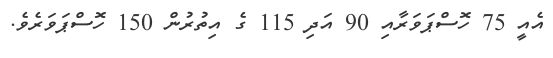
އެއީ 75 ހޮސްޕަވަރާއި 90 އަދި 115 ގެ އިތުރުން 150 ހޮސްޕަވަރެވެ.